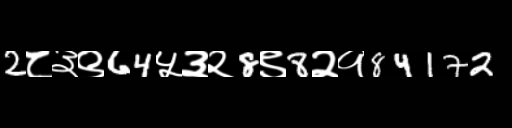
Text: 2८३९64५३२8९8२१84172